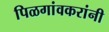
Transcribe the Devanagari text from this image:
पिळगांवकरांनी